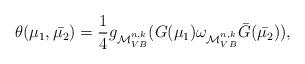
LaTeX: \begin{align*}\theta({\mu_1},\bar{\mu_2})=\frac{1}{4}g_{\mathcal{M}_{VB}^{n,k}}(G({\mu_1})\omega_{\mathcal{M}_{VB}^{n,k}}\bar G(\bar{\mu_2})),\end{align*}